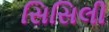
સિસિલી